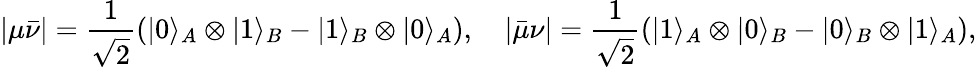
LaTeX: |\mu\bar{\nu}|=\frac{1}{\sqrt{2}}(|0\rangle_{A}\otimes|1\rangle_{B}-|1\rangle_{B}\otimes|0\rangle_{A}),\quad|\bar{\mu}\nu|=\frac{1}{\sqrt{2}}(|1\rangle_{A}\otimes|0\rangle_{B}-|0\rangle_{B}\otimes|1\rangle_{A}),